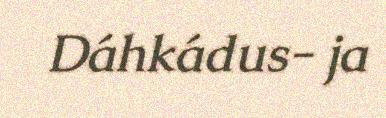
Dáhkádus- ja